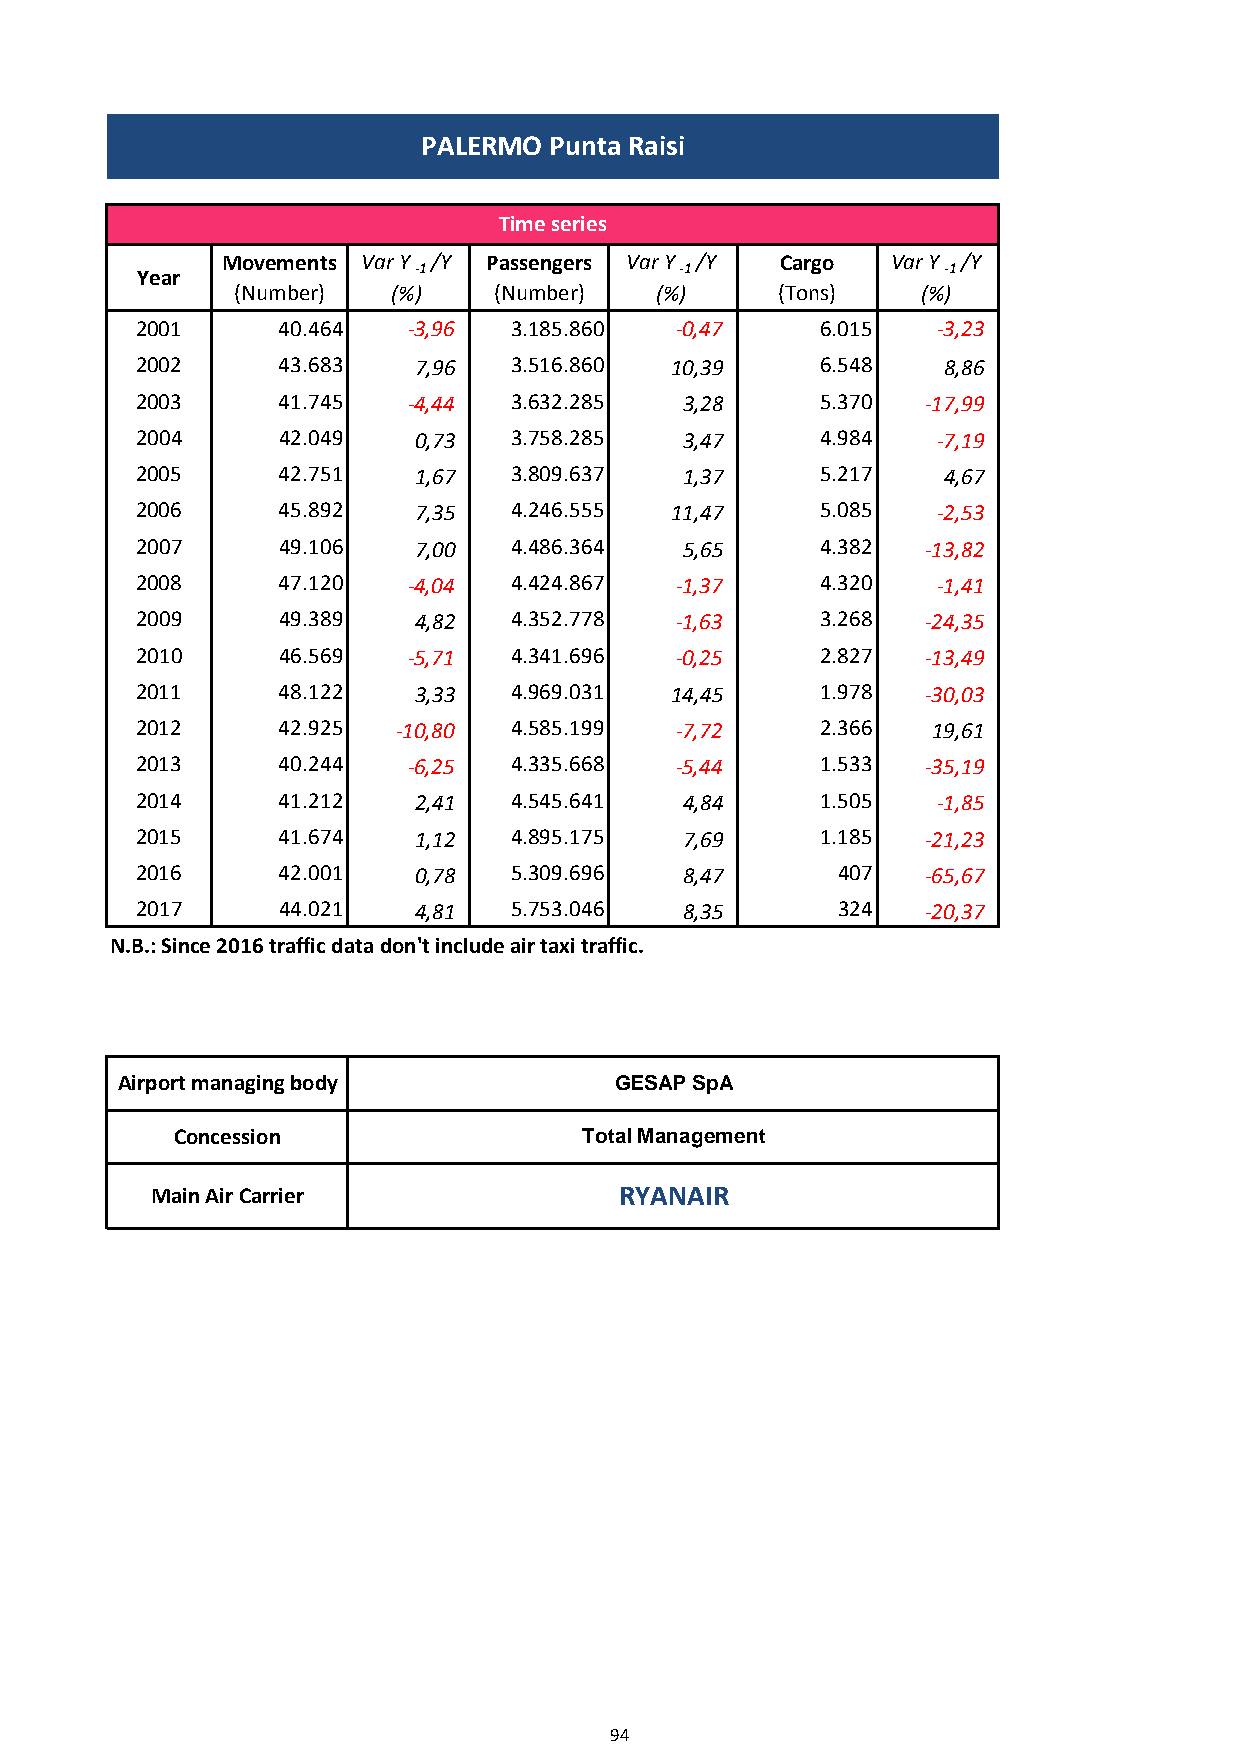
PALERMO Punta Raisi
 Time series
 Movements Var Y /Y Passengers Var Y /Y Cargo Var Y /Y
 Year              -1                -1               -1
 (Number)  (%)    (Number)  (%)     (Tons)    (%)
 2001     40.464   -3,96  3.185.860  -0,47    6.015   -3,23
 2002     43.683   7,96   3.516.860 10,39     6.548   8,86
 2003     41.745   -4,44  3.632.285  3,28     5.370  -17,99
 2004     42.049   0,73   3.758.285  3,47     4.984   -7,19
 2005     42.751   1,67   3.809.637  1,37     5.217   4,67
 2006     45.892   7,35   4.246.555 11,47     5.085   -2,53
 2007     49.106   7,00   4.486.364  5,65     4.382  -13,82
 2008     47.120   -4,04  4.424.867  -1,37    4.320   -1,41
 2009     49.389   4,82   4.352.778  -1,63    3.268  -24,35
 2010     46.569   -5,71  4.341.696  -0,25    2.827  -13,49
 2011     48.122   3,33   4.969.031 14,45     1.978  -30,03
 2012     42.925  -10,80  4.585.199  -7,72    2.366   19,61
 2013     40.244   -6,25  4.335.668  -5,44    1.533  -35,19
 2014     41.212   2,41   4.545.641  4,84     1.505   -1,85
 2015     41.674   1,12   4.895.175  7,69     1.185  -21,23
 2016     42.001   0,78   5.309.696  8,47      407   -65,67
 2017     44.021   4,81   5.753.046  8,35      324   -20,37
 N.B.: Since 2016 traffic data don't include air taxi traffic.
 Airport managing body            GESAP SpA
 Concession                 Total Management
 Main Air Carrier               RYANAIR
 94